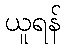
ယူရန်